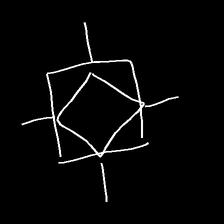
Glyph: light